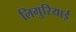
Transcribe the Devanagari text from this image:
लिगुरियाई